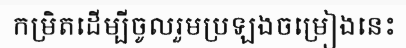
កម្រិតដើម្បីចូលរួមប្រឡងចម្រៀងនេះ